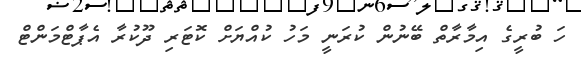
ހަ ބުރީގެ އިމާރާތް ބޭނުން ކުރަނީ މަހު ކުއްޔަށް ކޮޓަރި ދޫކުރާ އެޕާޓްމަންޓް